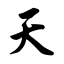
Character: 天